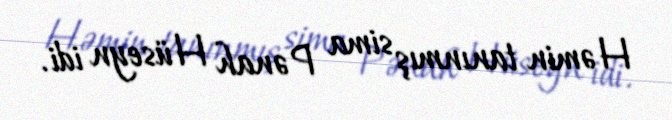
Həmin tanınmış sima Pənah Hüseyn idi.